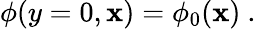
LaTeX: \phi(y=0,\mathbf{x})=\phi_{0}(\mathbf{x})\ .